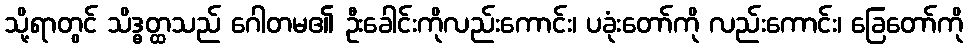
သို့ရာတွင် သိဒ္ဓတ္ထသည် ဂေါတမ၏ ဦးခေါင်းကိုလည်းကောင်း၊ ပခုံးတော်ကို လည်းကောင်း၊ ခြေတော်ကို